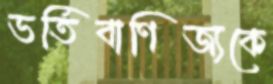
ভর্তিবাণিজ্যকে